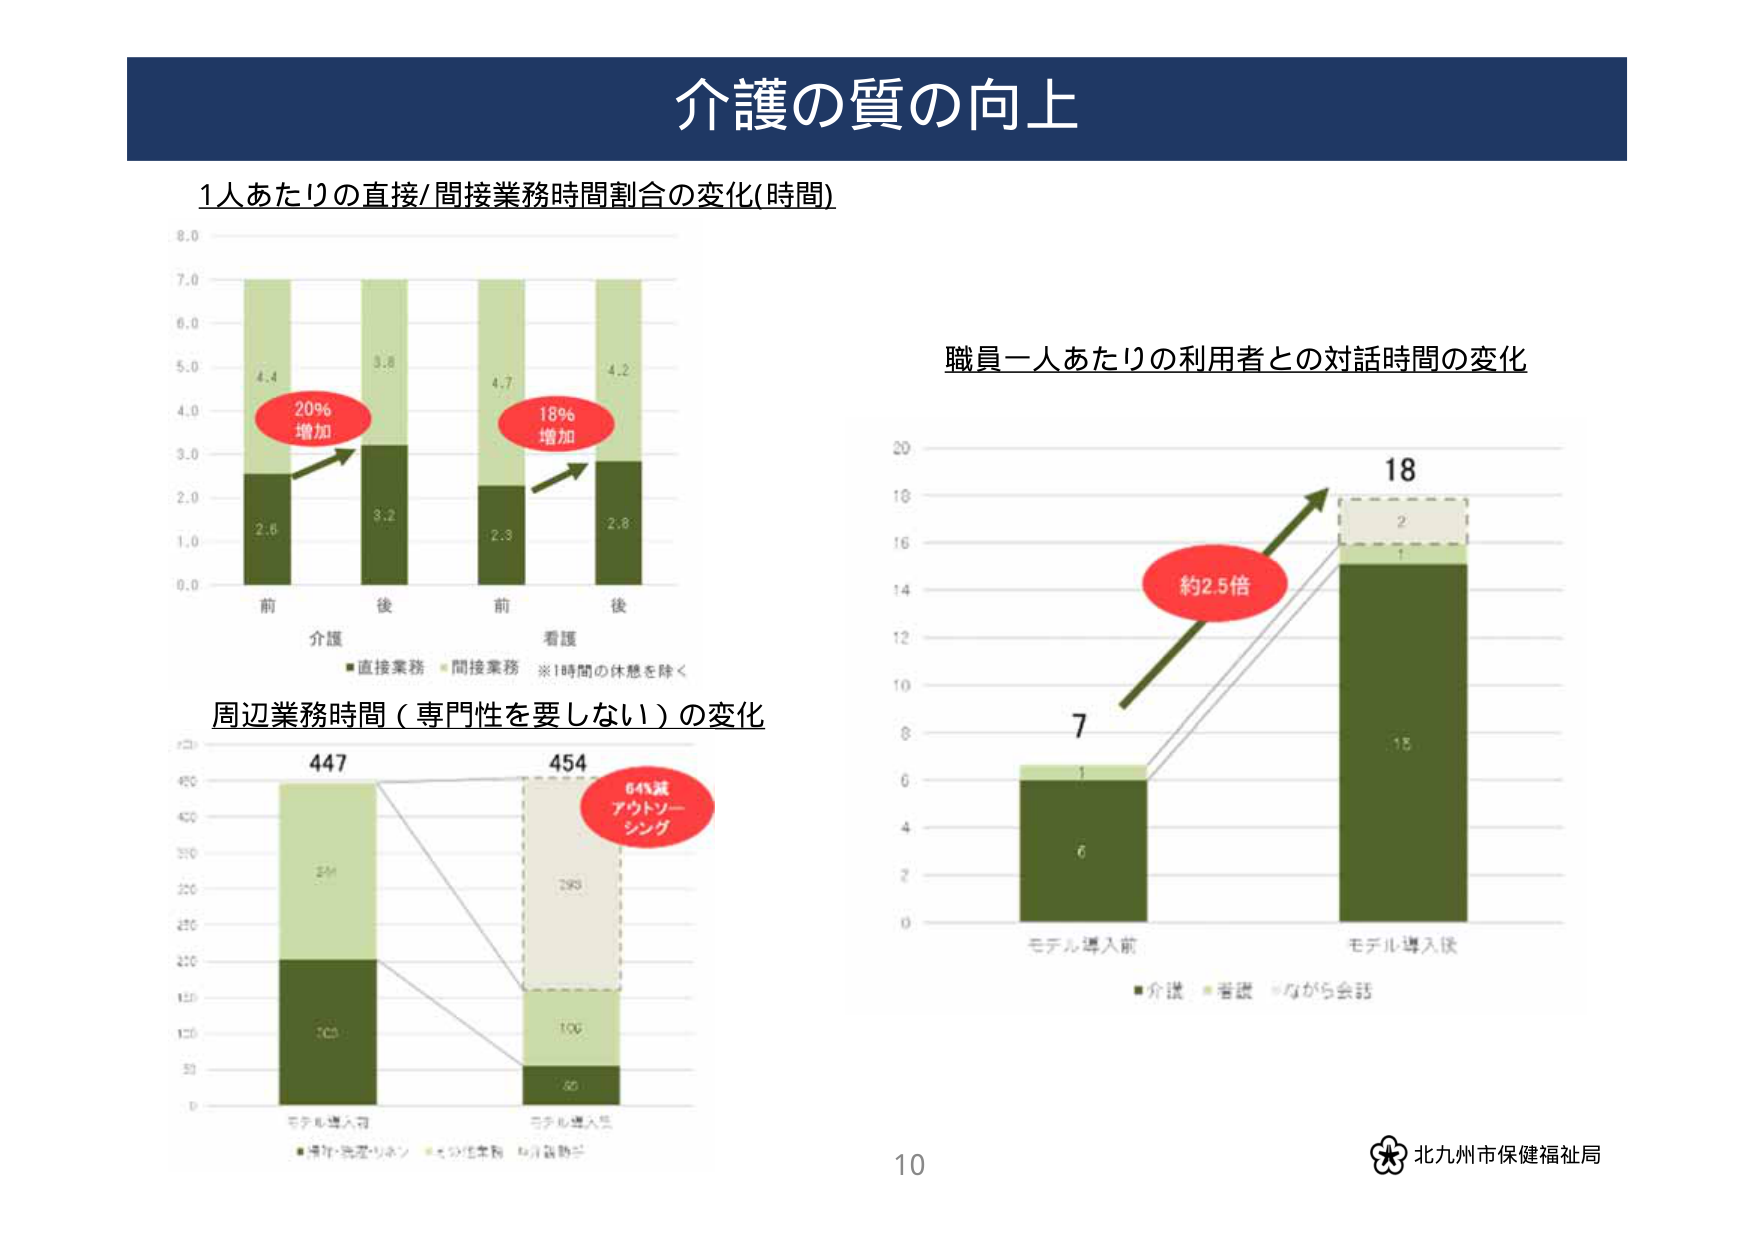
介護の質の向上

1人あたりの直接/間接業務時間割合の変化(時間)

8.0
7.0
6.0
5.0
4.0
3.0
2.0
1.0
0.0

前 後 前 後

4.4 3.8 4.7 4.2
2.6 3.2 2.3 2.8

20% 増加
18% 増加

介護 看護
■直接業務 ■間接業務 ※1時間の休憩を除く

職員一人あたりの利用者との対話時間の変化

20
18
16
14
12
10
8
6
4
2
0

7 18

約2.5倍

モデル導入前 モデル導入後

■介護 ■看護 ■ながら会話

周辺業務時間（専門性を要しない）の変化

447 454

254 293
200 106
65

64%減
アウトソーシング

モデル導入前 モデル導入後

■専門業務 ■その他業務 ■非業務

10

北九州市保健福祉局